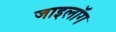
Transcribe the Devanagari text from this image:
जाइलॉग